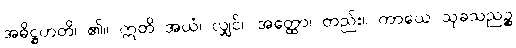
အဓိဋ္ဌဟတိ၊ ၏။ ဣတိ အယံ၊ လျှင်။ အတ္ထော၊ တည်း။ ကာယေ သုခသညဉ္စ